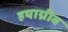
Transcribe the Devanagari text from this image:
हयाग्रीव